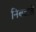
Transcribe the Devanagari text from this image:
निबटाते